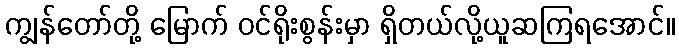
ကျွန်တော်တို့ မြောက် ဝင်ရိုးစွန်းမှာ ရှိတယ်လို့ယူဆကြရအောင်။